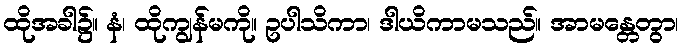
ထိုအခါ၌။ နံ၊ ထိုကျွန်မကို။ ဥပါသိကာ၊ ဒါယိကာမသည်။ အာမန္တေတွာ၊